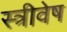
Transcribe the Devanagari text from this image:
स्त्रीवेष